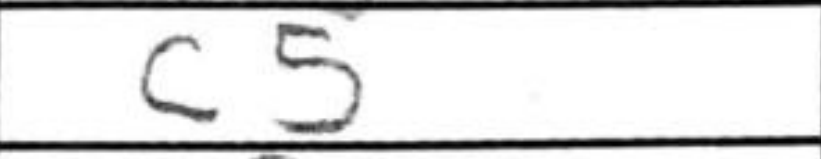
Transcription: c5